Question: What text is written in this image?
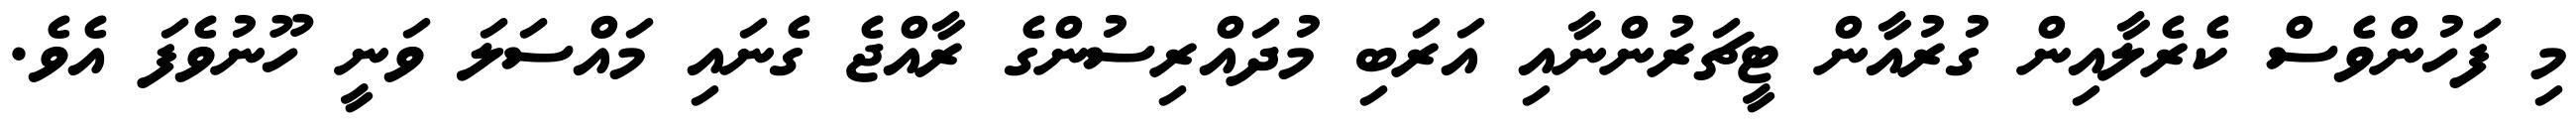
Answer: މި ފަހުންވެސް ކެރެލާއިން ގުރުއާން ޓީޗަރުންނާއި އަރަބި މުދައްރިސުންގެ ރާއްޖެ ގެނައި މައްސަލަ ވަނީ ހޫނުވެފަ އެވެ.